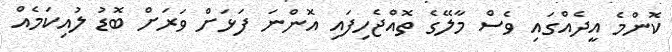
ކޮންމެ އީދެއްގައި ވެސް މާލޭގެ ތޮއްޖެހިފައި އޮންނަ ފަޅަށް ވަރަށް ބޮޑު ލުއިކަމެއް